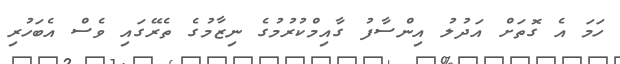
ހަމަ އެ ގޮތަށް އަދުލު އިންސާފު ގާއިމްކުރުމުގެ ނިޒާމުގެ ތެރޭގައި ވެސް އެބަހުރި